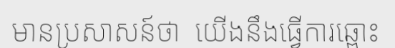
មានប្រសាសន៍ថា  យើងនឹងធ្វើការឆ្ពោះ